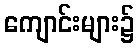
ကျောင်းများ၌